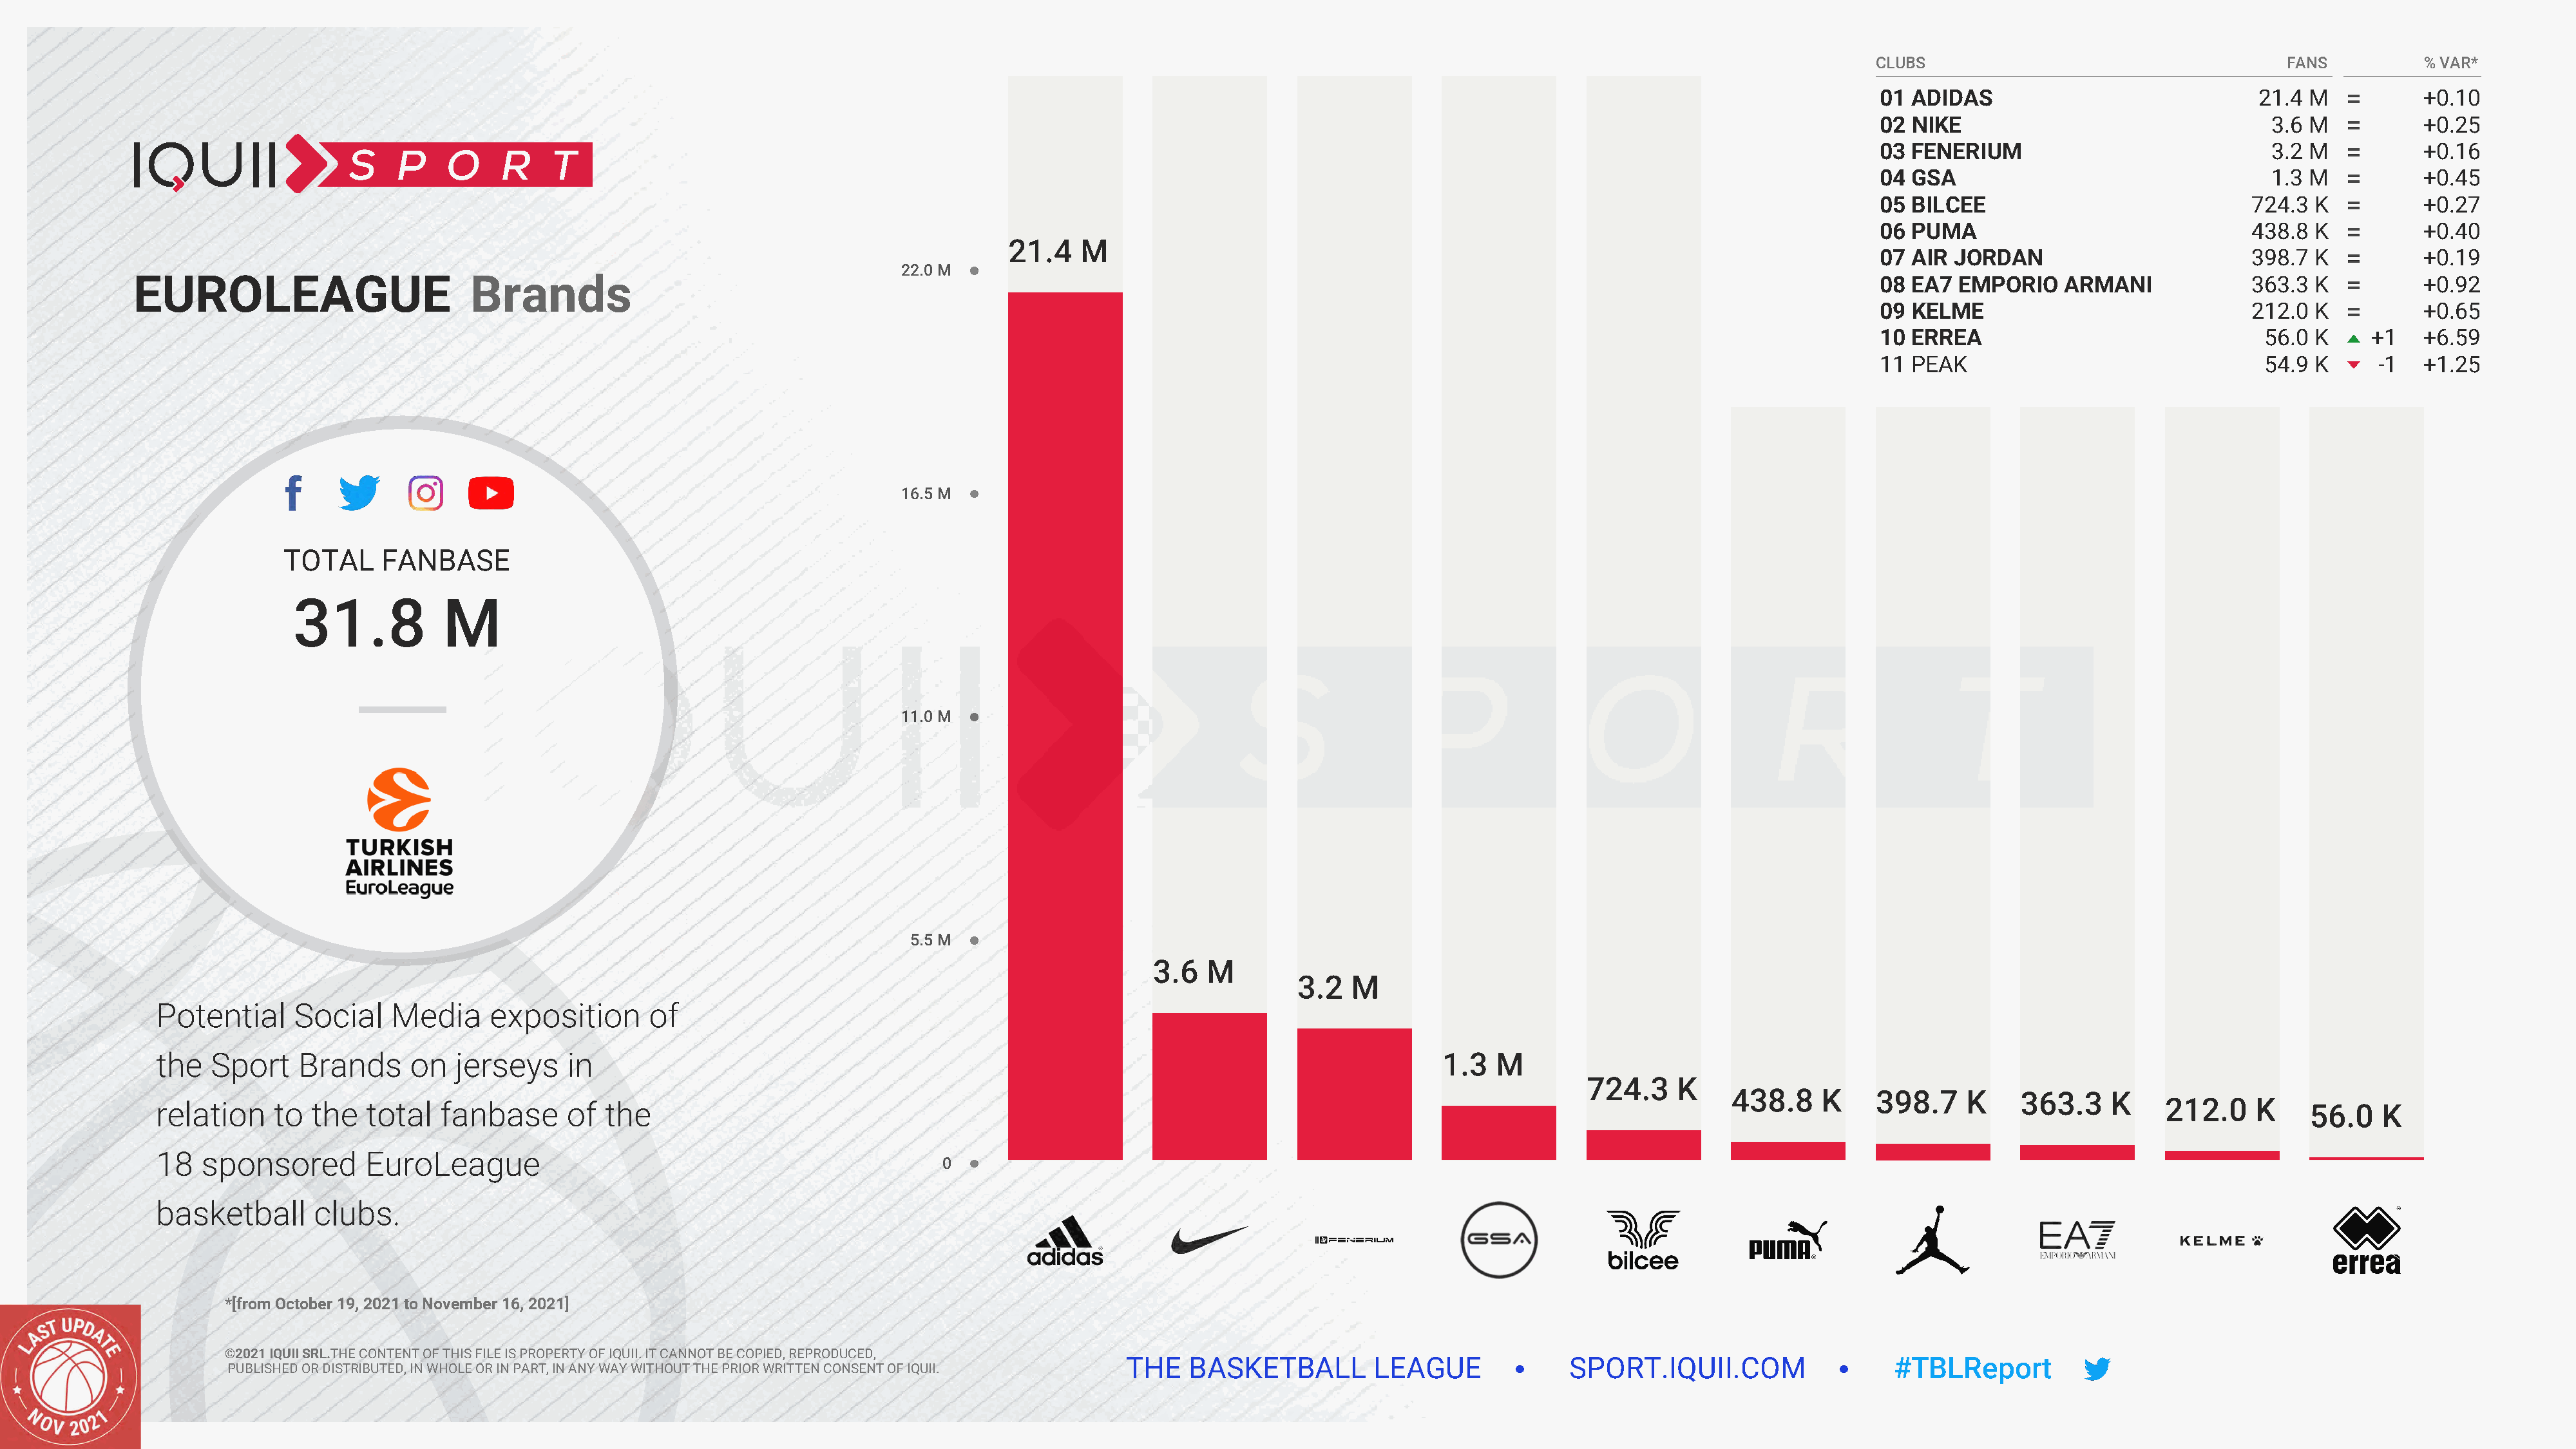
CLUBS                                     FANS          % VAR*
 01 ADIDAS                              21.4 M           +0.10
 02 NIKE                                 3.6 M           +0.25
 03 FENERIUM                             3.2 M           +0.16
 04 GSA                                  1.3 M           +0.45
 05 BILCEE                             724.3  K          +0.27
 06 PUMA                               438.8  K          +0.40
 21.4   M
 07 AIR  JORDAN                        398.7  K          +0.19
 22.0 M
 EUROLEAGUE                        Brands                                                                                                                                           08 EA7  EMPORIO    ARMANI             363.3  K          +0.92
 09 KELME                              212.0  K          +0.65
 10 ERREA                                56.0 K     +1   +6.59
 11 PEAK                                 54.9 K     -1   +1.25
 16.5 M
 TOTAL     FANBASE
 31.8           M
 11.0 M
 5.5 M
 3.6   M
 3.2   M
 Potential     Social    Media     exposition       of
 the   Sport    Brands     on   jerseys    in                                                                                        1.3   M
 724.3    K
 438.8    K     398.7    K     363.3    K
 212.0     K
 relation    to  the   total  fanbase      of  the                                                                                                                                                                            56.0    K
 18   sponsored        EuroLeague
 0
 basketball      clubs.
 *[from October 19, 2021 to November 16, 2021]
 ©2021 IQUII SRL.THE CONTENT OF THIS FILE IS PROPERTY OF IQUII. IT CANNOT BE COPIED, REPRODUCED,
 THE   BASKETBALL         LEAGUE              SPORT.IQUII.COM                   #TBLReport
 PUBLISHED OR DISTRIBUTED, IN WHOLE OR IN PART, IN ANY WAY WITHOUT THE PRIOR WRITTEN CONSENT OF IQUII.